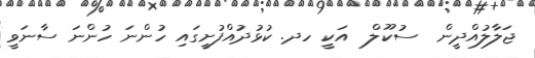
ޖަލާލުއްދީން  ސުކޫލް  އަކީ ހދ. ކުޅުދުއްފުށީގައި ހުންނަ ހުންނަ ސާނަވީ